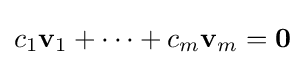
c_{1}\mathbf {v} _{1}+\cdots +c_{m}\mathbf {v} _{m}=\mathbf {0}